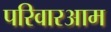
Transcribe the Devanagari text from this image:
परिवारआम